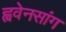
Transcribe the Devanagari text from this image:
ह्ववेनसांग